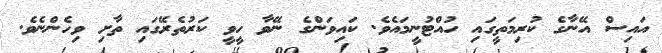
އައިސް އޭނާގެ ކުރިމަތީގައި ހުއްޓުނީމައެވެ. ކައިވަންގެ ނޭވާ ހީވީ ކަރުތެރޭގައި ތާށި ވިހެންނެވެ.